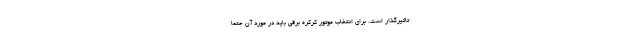
تاثیرگذار است. برای انتخاب موتور کرکره برقی باید در مورد آن حتما